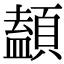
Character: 䫦